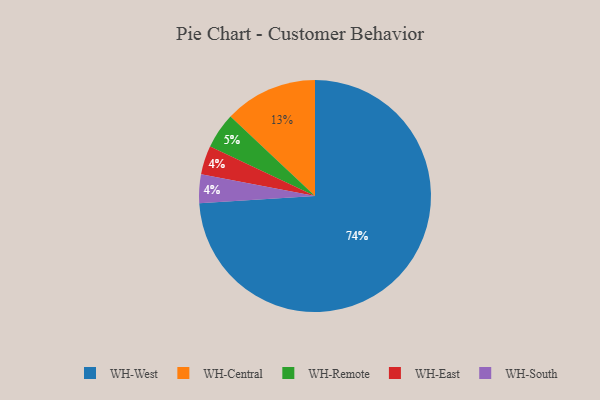
{"axis": {"x": "Category", "y": "Percentage"}, "legend": ["WH-Central", "WH-East", "WH-Remote", "WH-South", "WH-West"], "data": [{"x": "WH-East", "y": 4, "type": "WH-East"}, {"x": "WH-South", "y": 4, "type": "WH-South"}, {"x": "WH-Remote", "y": 5, "type": "WH-Remote"}, {"x": "WH-West", "y": 74, "type": "WH-West"}, {"x": "WH-Central", "y": 13, "type": "WH-Central"}]}